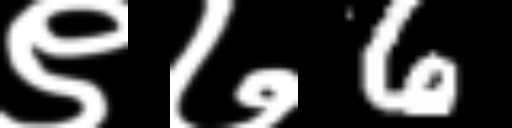
Text: ९७6